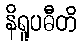
နိရူပဓီတိ